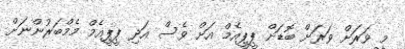
މީ ވަރަށް ވަރަށް ބޮޑަށް ޕީޕީއެމް އަށް ވެސް އަދި ޕީޕީއެމް މެމްބަރުންނަށް